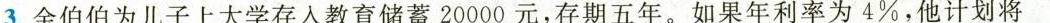
3.金伯伯为儿子上大学存入教育储蓄20000元，存期五年。如果年利率为4%，他计划将